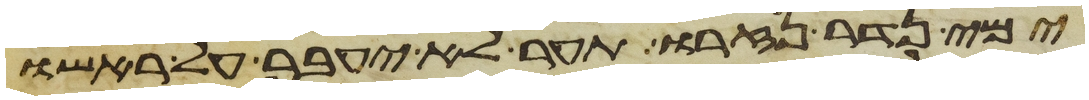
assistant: ימי נדר נזרו תער לא יעבר על ראשו